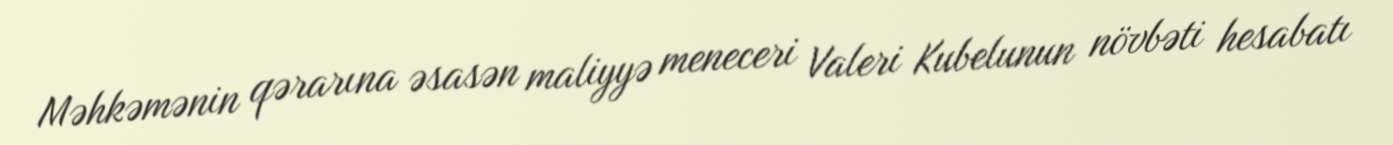
Məhkəmənin qərarına əsasən maliyyə meneceri Valeri Kubelunun növbəti hesabatı